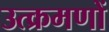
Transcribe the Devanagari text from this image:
उत्क्रमणों